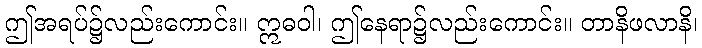
ဤအရပ်၌လည်းကောင်း။ ဣဓဝါ၊ ဤနေရာ၌လည်းကောင်း။ တာနိဖလာနိ၊